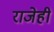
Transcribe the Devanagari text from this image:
राजेही